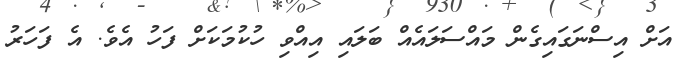
އަށް އިސްނަގައިގެން މައްސަލައެއް ބަލައި އިއްވި ހުކުމަކަށް ފަަހު އެވެ. އެ ފަހަރު